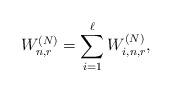
LaTeX: \begin{align*}W_{n,r}^{(N)}=\sum_{i=1}^\ell W_{i,n,r}^{(N)},\end{align*}